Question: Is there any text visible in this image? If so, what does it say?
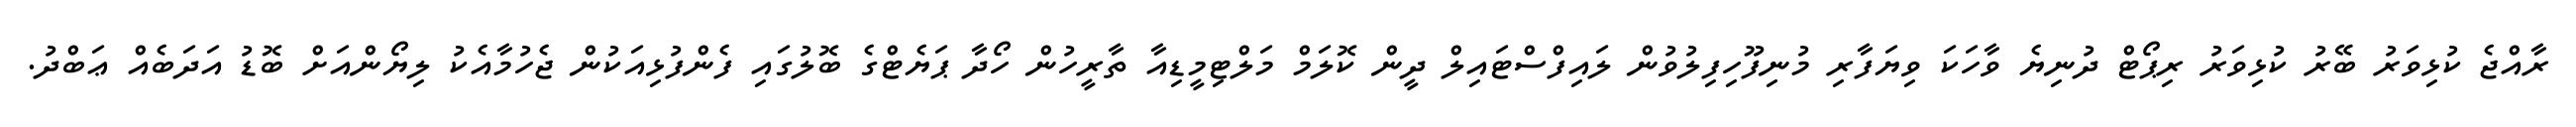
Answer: ރާއްޖެ ކުޅިވަރު ބޭރު ކުޅިވަރު ރިޕޯޓް ދުނިޔެ ވާހަކަ ވިޔަފާރި މުނިފޫހިފިލުވުން ލައިފްސްޓައިލް ދީން ކޮލަމް މަލްޓިމީޑިއާ ތާރީހުން ހޯދާ ޕަޔެޓްގެ ބޮލުގައި ފެންފުޅިއަކުން ޖެހުމާއެކު ލިޔޯންއަށް ބޮޑު އަދަބެއް ޢަބްދު.